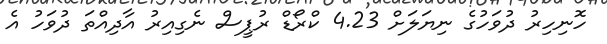
ހޮނިހިރު ދުވަހުގެ ނިޔަލަށް 4.23 ކްރޯޑް ރުޕީސް ނެގިއިރު އާދިއްތަ ދުވަހު އެ